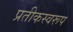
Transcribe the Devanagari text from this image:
प्रतीकस्वरूप